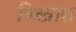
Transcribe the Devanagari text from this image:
विखारा